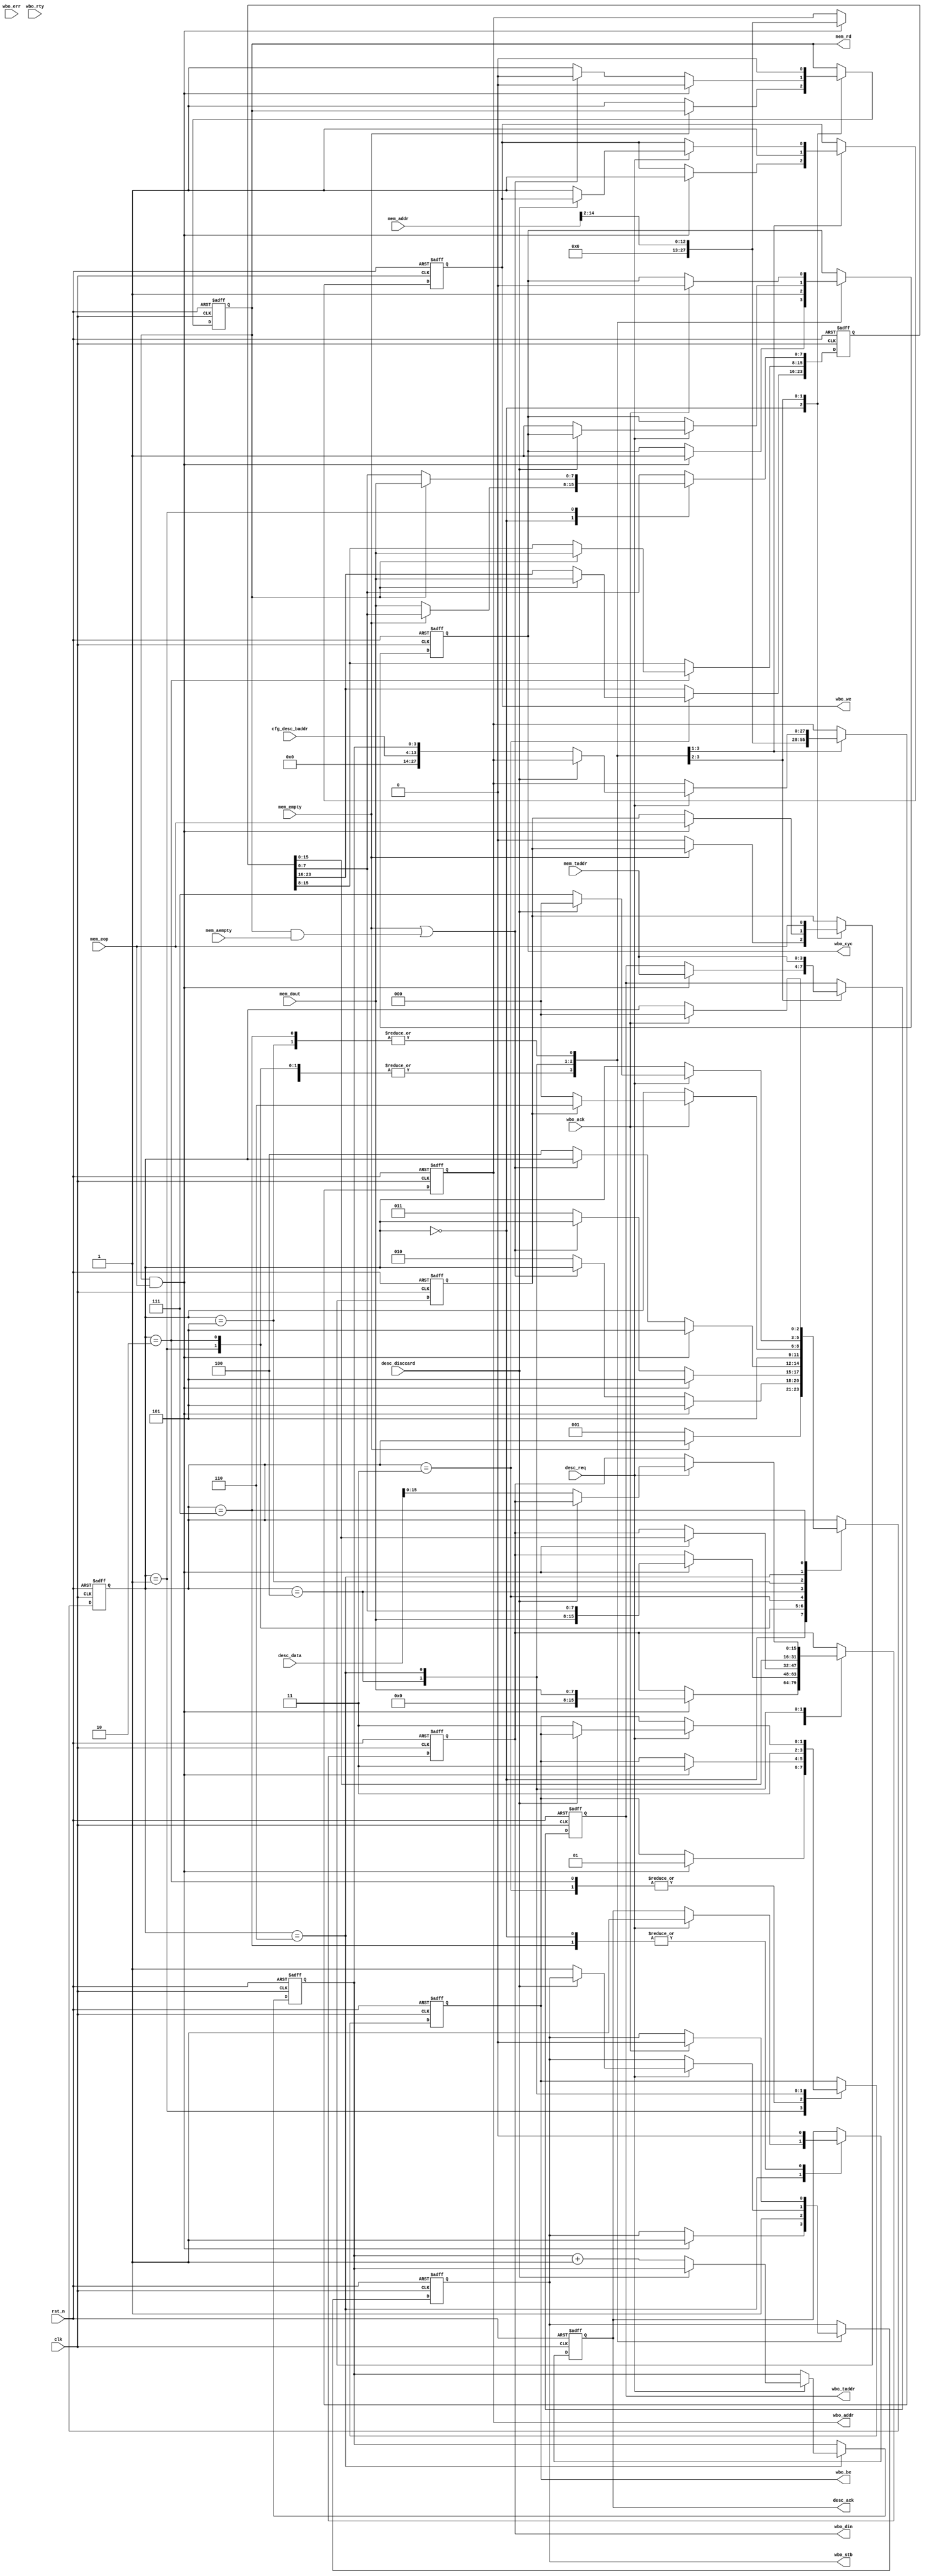
//////////////////////////////////////////////////////////////////////
////                                                              ////
////  Tubo 8051 cores common library Module                       ////
////                                                              ////
////  This file is part of the Turbo 8051 cores project           ////
////  http://www.opencores.org/cores/turbo8051/                   ////
////                                                              ////
////  Description                                                 ////
////  Turbo 8051 definitions.                                     ////
////                                                              ////
////  To Do:                                                      ////
////    nothing                                                   ////
////                                                              ////
////  Author(s):                                                  ////
////      - Dinesh Annayya, dinesha@opencores.org                 ////
////                                                              ////
//////////////////////////////////////////////////////////////////////
////                                                              ////
//// Copyright (C) 2000 Authors and OPENCORES.ORG                 ////
////                                                              ////
//// This source file may be used and distributed without         ////
//// restriction provided that this copyright statement is not    ////
//// removed from the file and that any derivative work contains  ////
//// the original copyright notice and the associated disclaimer. ////
////                                                              ////
//// This source file is free software; you can redistribute it   ////
//// and/or modify it under the terms of the GNU Lesser General   ////
//// Public License as published by the Free Software Foundation; ////
//// either version 2.1 of the License, or (at your option) any   ////
//// later version.                                               ////
////                                                              ////
//// This source is distributed in the hope that it will be       ////
//// useful, but WITHOUT ANY WARRANTY; without even the implied   ////
//// warranty of MERCHANTABILITY or FITNESS FOR A PARTICULAR      ////
//// PURPOSE.  See the GNU Lesser General Public License for more ////
//// details.                                                     ////
////                                                              ////
//// You should have received a copy of the GNU Lesser General    ////
//// Public License along with this source; if not, download it   ////
//// from http://www.opencores.org/lgpl.shtml                     ////
////                                                              ////
//////////////////////////////////////////////////////////////////////

/**********************************************
      Web-bone , Read from Memory and Write to WebBone External Memory
**********************************************/

module wb_wr_mem2mem (

              rst_n               , 
              clk                 ,


    // Master Interface Signal
              mem_taddr           ,
              mem_addr            ,
              mem_empty           ,
              mem_aempty          ,
              mem_rd              , 
              mem_dout            ,
              mem_eop             ,

              cfg_desc_baddr      ,
              desc_req            ,
              desc_ack            ,
              desc_disccard       ,
              desc_data           ,

 
    // Slave Interface Signal
              wbo_din             , 
              wbo_taddr           , 
              wbo_addr            , 
              wbo_be              , 
              wbo_we              , 
              wbo_ack             ,
              wbo_stb             , 
              wbo_cyc             , 
              wbo_err             ,
              wbo_rty
         );


parameter D_WD    = 16; // Data Width
parameter BE_WD   = 2;  // Byte Enable
parameter ADR_WD  = 28; // Address Width
parameter TAR_WD  = 4;  // Target Width

// State Machine
parameter   IDLE       = 3'h0;
parameter   RD_BYTE1   = 3'h1;
parameter   RD_BYTE2   = 3'h2;
parameter   RD_BYTE3   = 3'h3;
parameter   RD_BYTE4   = 3'h4;
parameter   WB_XFR     = 3'h5;
parameter   DESC_WAIT  = 3'h6;
parameter   DESC_XFR   = 3'h7;

input               clk      ;  // CLK_I The clock input [CLK_I] coordinates all activities 
                                // for the internal logic within the WISHBONE interconnect. 
                                // All WISHBONE output signals are registered at the 
                                // rising edge of [CLK_I]. 
                                // All WISHBONE input signals must be stable before the 
                                // rising edge of [CLK_I]. 
input               rst_n    ;  // RST_I The reset input [RST_I] forces the WISHBONE interface 
                                // to restart. Furthermore, all internal self-starting state 
                                // machines will be forced into an initial state. 

//------------------------------------------
// Stanard Memory Interface
//------------------------------------------
input [TAR_WD-1:0]  mem_taddr;  // target address 
input [15:0]        mem_addr;   // memory address 
input               mem_empty;  // memory empty 
input               mem_aempty; // memory empty 
output              mem_rd;     // memory read
input  [7:0]        mem_dout;   // memory read data
input               mem_eop;    // Last Transfer indication

//----------------------------------------
// Discriptor defination
//----------------------------------------
input              desc_req;    // descriptor request
output             desc_ack;    // descriptor ack
input              desc_disccard;// descriptor discard
input [15:6]       cfg_desc_baddr;  // descriptor memory base address
input [31:0]       desc_data;   // descriptor data

//------------------------------------------
// External Memory WB Interface
//------------------------------------------
output [TAR_WD-1:0] wbo_taddr ;
output              wbo_stb  ; // STB_O The strobe output [STB_O] indicates a valid data 
                               // transfer cycle. It is used to qualify various other signals 
                               // on the interface such as [SEL_O(7..0)]. The SLAVE must 
                               // assert either the [ACK_I], [ERR_I] or [RTY_I] signals in 
                               // response to every assertion of the [STB_O] signal. 
output              wbo_we   ; // WE_O The write enable output [WE_O] indicates whether the 
                               // current local bus cycle is a READ or WRITE cycle. The 
                               // signal is negated during READ cycles, and is asserted 
                               // during WRITE cycles. 
input               wbo_ack  ; // The acknowledge input [ACK_I], when asserted, 
                               // indicates the termination of a normal bus cycle. 
                               // Also see the [ERR_I] and [RTY_I] signal descriptions. 

output [ADR_WD-1:0] wbo_addr  ; // The address output array [ADR_O(63..0)] is used 
                               // to pass a binary address, with the most significant 
                               // address bit at the higher numbered end of the signal array. 
                               // The lower array boundary is specific to the data port size. 
                               // The higher array boundary is core-specific. 
                               // In some cases (such as FIFO interfaces) 
                               // the array may not be present on the interface. 

output [BE_WD-1:0] wbo_be     ; // Byte Enable 
                               // SEL_O(7..0) The select output array [SEL_O(7..0)] indicates 
                               // where valid data is expected on the [DAT_I(63..0)] signal 
                               // array during READ cycles, and where it is placed on the 
                               // [DAT_O(63..0)] signal array during WRITE cycles. 
                               // Also see the [DAT_I(63..0)], [DAT_O(63..0)] and [STB_O] 
                               // signal descriptions.

output            wbo_cyc    ; // CYC_O The cycle output [CYC_O], when asserted, 
                               // indicates that a valid bus cycle is in progress. 
                               // The signal is asserted for the duration of all bus cycles. 
                               // For example, during a BLOCK transfer cycle there can be 
                               // multiple data transfers. The [CYC_O] signal is asserted 
                               // during the first data transfer, and remains asserted 
                               // until the last data transfer. The [CYC_O] signal is useful 
                               // for interfaces with multi-port interfaces 
                               // (such as dual port memories). In these cases, 
                               // the [CYC_O] signal requests use of a common bus from an 
                               // arbiter. Once the arbiter grants the bus to the MASTER, 
                               // it is held until [CYC_O] is negated. 

output [D_WD-1:0] wbo_din;     // DAT_I(63..0) The data input array [DAT_I(63..0)] is 
                               // used to pass binary data. The array boundaries are 
                               // determined by the port size. Also see the [DAT_O(63..0)] 
                               // and [SEL_O(7..0)] signal descriptions. 

input             wbo_err; // ERR_I The error input [ERR_I] indicates an abnormal 
                           // cycle termination. The source of the error, and the 
                           // response generated by the MASTER is defined by the IP core 
                           // supplier in the WISHBONE DATASHEET. Also see the [ACK_I] 
                           // and [RTY_I] signal descriptions. 

input             wbo_rty; // RTY_I The retry input [RTY_I] indicates that the indicates 
                           // that the interface is not ready to accept or send data, and 
                           // that the cycle should be retried. When and how the cycle is 
                           // retried is defined by the IP core supplier in the WISHBONE 
                           // DATASHEET. Also see the [ERR_I] and [RTY_I] signal 
                           // descriptions. 

//-------------------------------------------
// Register Dec
//-------------------------------------------

reg [TAR_WD-1:0]     wbo_taddr ;
reg [ADR_WD-1:0]     wbo_addr  ;
reg                  wbo_stb   ;
reg                  wbo_we    ;
reg [BE_WD-1:0]      wbo_be    ;
reg                  wbo_cyc   ;
reg [D_WD-1:0]       wbo_din   ;
reg [2:0]            state     ;

reg                  mem_rd    ;
reg [3:0]            desc_ptr  ; // descriptor pointer, in 32 bit mode
reg                  mem_eop_l ; // delayed eop signal
reg                  desc_ack  ; // delayed eop signal

reg  [23:0]  tWrData; // Temp 24 Bit Data
always @(negedge rst_n or posedge clk) begin
   if(rst_n == 0) begin
      wbo_taddr <= 0;
      wbo_addr  <= 0;
      wbo_stb   <= 0;
      wbo_we    <= 0;
      wbo_be    <= 0;
      wbo_cyc   <= 0;
      wbo_din   <= 0;
      mem_rd    <= 0;
      desc_ptr  <= 0;
      mem_eop_l <= 0;
      desc_ack  <= 0;
      tWrData   <= 0;
      state     <= IDLE;
   end
   else begin
      case(state)
       IDLE: begin
          desc_ack <= 0;
          if(!mem_empty) begin
             mem_rd         <= 1;
             mem_eop_l      <= 0;
             tWrData[7:0]   <= mem_dout[7:0];
             state          <= RD_BYTE1;
          end
       end
       RD_BYTE1: begin // End of First Transfer
          if(mem_rd && mem_eop) begin
             mem_rd    <= 0;
             mem_eop_l <= mem_eop;
             wbo_taddr <= mem_taddr;
             wbo_addr  <= mem_addr[14:2];
             wbo_stb   <= 1'b1;
             wbo_we    <= 1'b1;
             wbo_be    <= 4'h1; // Assigned Aligned 32bit address
             wbo_din   <= {24'h0,mem_dout[7:0]};
             wbo_cyc   <= 1;
             state     <= WB_XFR;
          end else if(!(mem_empty || (mem_rd && mem_aempty))) begin
             mem_rd    <= 1;
             state     <= RD_BYTE2;
          end else begin
             mem_rd    <= 0;
          end
          if(mem_rd) begin
             tWrData[7:0]   <= mem_dout[7:0];
          end
       end

       RD_BYTE2: begin // End of Second Transfer
          if(mem_rd && mem_eop) begin
             mem_rd    <= 0;
             mem_eop_l <= mem_eop;
             wbo_taddr <= mem_taddr;
             wbo_addr  <= mem_addr[14:2];
             wbo_stb   <= 1'b1;
             wbo_we    <= 1'b1;
             wbo_be    <= 4'h3; // Assigned Aligned 32bit address
             wbo_din   <= {16'h0,mem_dout[7:0],tWrData[7:0]};
             wbo_cyc   <= 1;
             state     <= WB_XFR;
          end else if(!(mem_empty || (mem_rd && mem_aempty))) begin
             mem_rd    <= 1;
             state     <= RD_BYTE3;
          end else begin
             mem_rd    <= 0;
          end
          if(mem_rd) begin
             tWrData[15:8]   <= mem_dout[7:0];
          end
       end


       RD_BYTE3: begin // End of Third Transfer
          if(mem_rd && mem_eop) begin
             mem_rd    <= 0;
             mem_eop_l <= mem_eop;
             wbo_taddr <= mem_taddr;
             wbo_addr  <= mem_addr[14:2];
             wbo_stb   <= 1'b1;
             wbo_we    <= 1'b1;
             wbo_be    <= 4'h7; // Assigned Aligned 32bit address
             wbo_din   <= {8'h0,mem_dout[7:0],tWrData[15:0]};
             wbo_cyc   <= 1;
             state     <= WB_XFR;
          end else if(!(mem_empty || (mem_rd && mem_aempty))) begin
             mem_rd    <= 1;
             state     <= RD_BYTE4;
          end else begin
             mem_rd    <= 0;
          end
          if(mem_rd) begin
             tWrData[23:16]   <= mem_dout[7:0];
          end
       end

       RD_BYTE4: begin // End of Fourth Transfer
             mem_rd    <= 0;
             mem_eop_l <= mem_eop;
             wbo_taddr <= mem_taddr;
             wbo_addr  <= mem_addr[14:2];
             wbo_stb   <= 1'b1;
             wbo_we    <= 1'b1;
             wbo_be    <= 4'hF; // Assigned Aligned 32bit address
             wbo_din   <= {mem_dout[7:0],tWrData[23:0]};
             wbo_cyc   <= 1;
             state     <= WB_XFR;
       end

       WB_XFR: begin
          if(wbo_ack) begin
             wbo_stb   <= 0;
             wbo_cyc   <= 0;
             if(mem_eop_l) begin
                state     <= DESC_WAIT;
             end else begin
                state     <= IDLE; // Next Byte
             end
          end 
       end


       DESC_WAIT: begin
          if(desc_req) begin
             desc_ack    <= 1;
             if(desc_disccard) begin // if the Desc is discarded
                state     <= IDLE;
             end
             else begin
                wbo_addr  <= {cfg_desc_baddr[15:6],desc_ptr[3:0]}; // Each Transfer is 32bit
                wbo_be    <= 4'hF;
                wbo_din   <= desc_data;
                wbo_we    <= 1'b1;
                wbo_stb   <= 1'b1;
                wbo_cyc   <= 1;
                state     <= DESC_XFR;
                desc_ptr  <= desc_ptr+1;
             end
          end
       end
       DESC_XFR: begin
           desc_ack <= 0;
          if(wbo_ack) begin
              wbo_stb   <= 1'b0;
              wbo_cyc   <= 1'b0;
              state     <= IDLE;
          end 
       end

      endcase
   end
end



endmodule